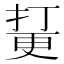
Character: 𱠘